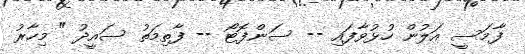
ފާމަސީ އަލުން ހުޅުވާފައި -- ސަންފޮޓޯ -- ފާތިމަތު ސައީދު " މިހާރު